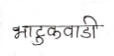
मजकूर: भटुकवाडी